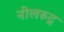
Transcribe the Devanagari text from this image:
नीलरुद्र